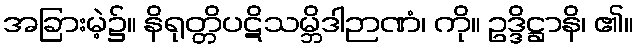
အခြားမဲ့၌။ နိရုတ္တိပဋိသမ္ဘိဒါဉာဏံ၊ ကို။ ဥဒ္ဒိဋ္ဌာနိ၊ ၏။